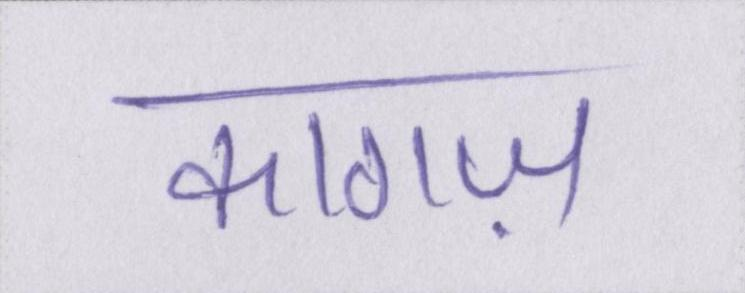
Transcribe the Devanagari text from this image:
कागज़